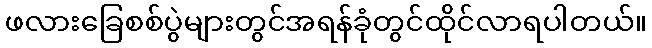
ဖလားခြေစစ်ပွဲများတွင်အရန်ခုံတွင်ထိုင်လာရပါတယ်။